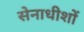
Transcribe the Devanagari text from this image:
सेनाधीशों